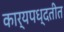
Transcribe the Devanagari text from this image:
कार्यपध्दतीत